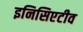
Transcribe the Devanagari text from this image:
इनिसिएटीव